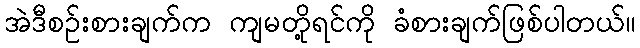
အဲဒီစဉ်းစားချက်က ကျမတို့ရင်ကို ခံစားချက်ဖြစ်ပါတယ်။